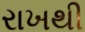
રાખથી